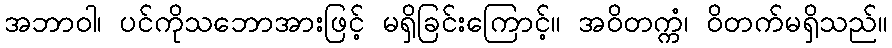
အဘာဝါ၊ ပင်ကိုသဘောအားဖြင့် မရှိခြင်းကြောင့်။ အဝိတက္ကံ၊ ဝိတက်မရှိသည်။